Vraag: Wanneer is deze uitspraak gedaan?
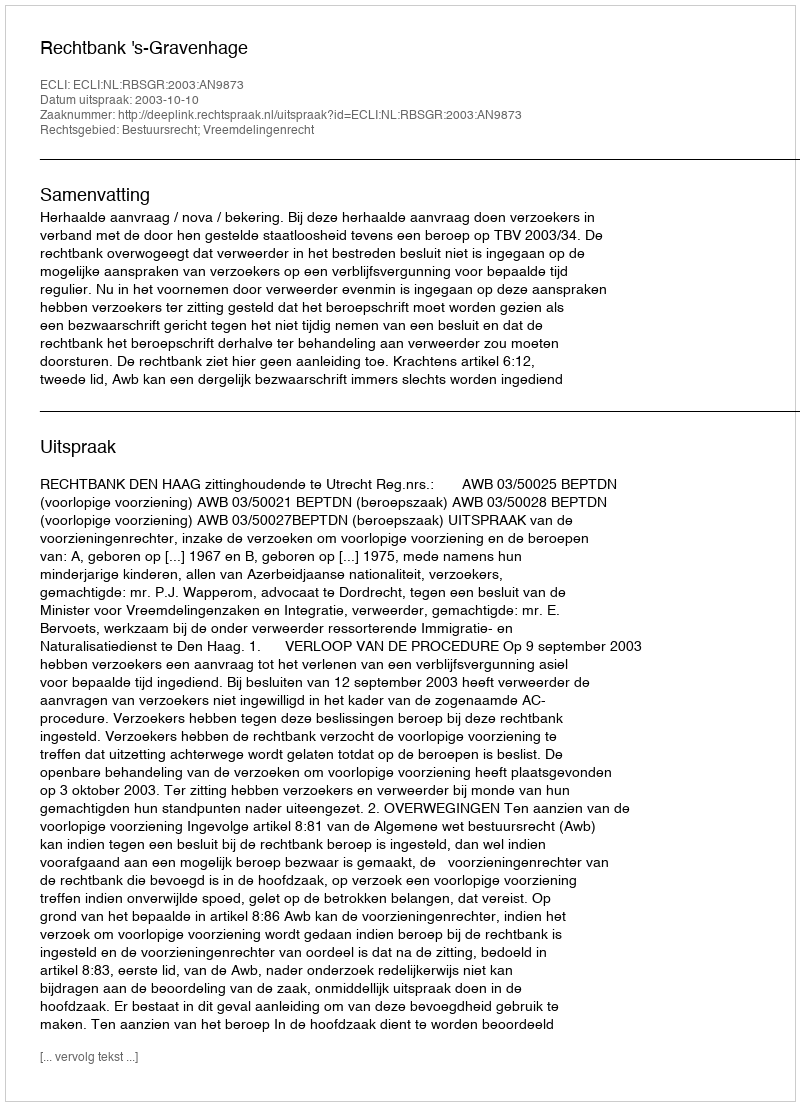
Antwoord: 2003-10-10